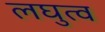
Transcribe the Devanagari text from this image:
लघुत्व